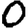
Digit: 0